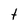
Character: t